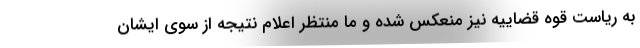
به ریاست قوه قضاییه نیز منعکس شده و ما منتظر اعلام نتیجه از سوی ایشان